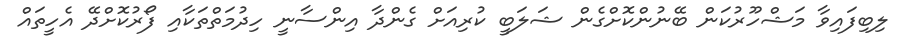
ލިބިފައިވާ މަޝްހޫރުކަން ބޭނުންކޮށްގެން ޝަލަބީ ކުރިއަށް ގެންދާ އިންސާނީ ހިދުމަތްތަކާއި ފޯރުކޮށްދޭ އެހީތައް